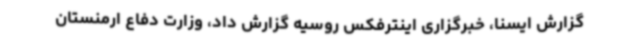
گزارش ایسنا، خبرگزاری اینترفکس روسیه گزارش داد، وزارت دفاع ارمنستان